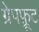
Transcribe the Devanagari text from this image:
ग्रेपफ़्रूट